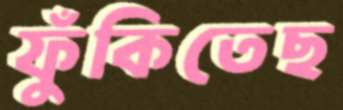
ফুঁকিতেছ